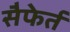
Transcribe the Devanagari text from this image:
सैफेर्त